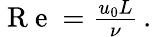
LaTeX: \begin{array}{r}{\mathrm{~R~e~}=\frac{u_{0}L}{\nu}\, .}\end{array}